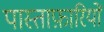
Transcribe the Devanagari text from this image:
पास्ताफ़ारियों